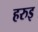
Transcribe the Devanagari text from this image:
हरुइ